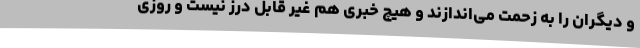
و دیگران را به زحمت می‌اندازند و هیچ خبری هم غیر قابل درز نیست و روزی